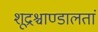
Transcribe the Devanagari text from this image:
शूद्रश्चाण्डालतां